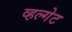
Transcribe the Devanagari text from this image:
व्हल्गेट